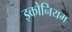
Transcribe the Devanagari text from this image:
इकोनियम